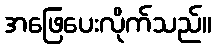
အဖြေပေးလိုက်သည်။